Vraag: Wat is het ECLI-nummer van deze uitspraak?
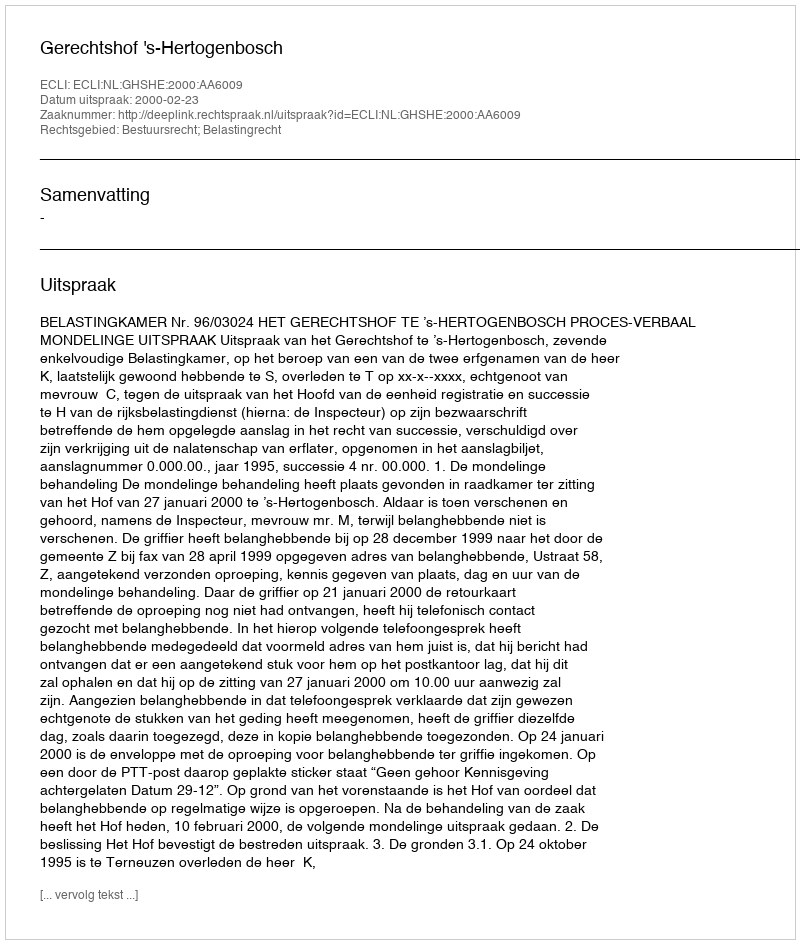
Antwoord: ECLI:NL:GHSHE:2000:AA6009